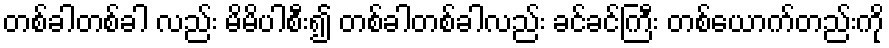
တစ်ခါတစ်ခါ လည်း မိမိပါစီး၍ တစ်ခါတစ်ခါလည်း ခင်ခင်ကြီး တစ်ယောက်တည်းကို